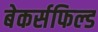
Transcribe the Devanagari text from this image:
बेकर्सफिल्ड